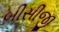
બીસીજી